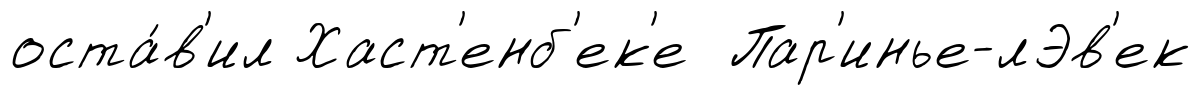
оста́в'ил Хаст'енб'ек'е Пар'инье-лЭв'ек